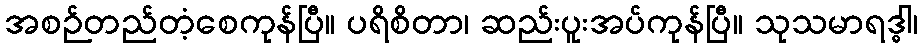
အစဉ်တည်တံ့စေကုန်ပြီ။ ပရိစိတာ၊ ဆည်းပူးအပ်ကုန်ပြီ။ သုသမာရဒ္ဓါ၊